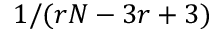
1 / ( r N - 3 r + 3 )